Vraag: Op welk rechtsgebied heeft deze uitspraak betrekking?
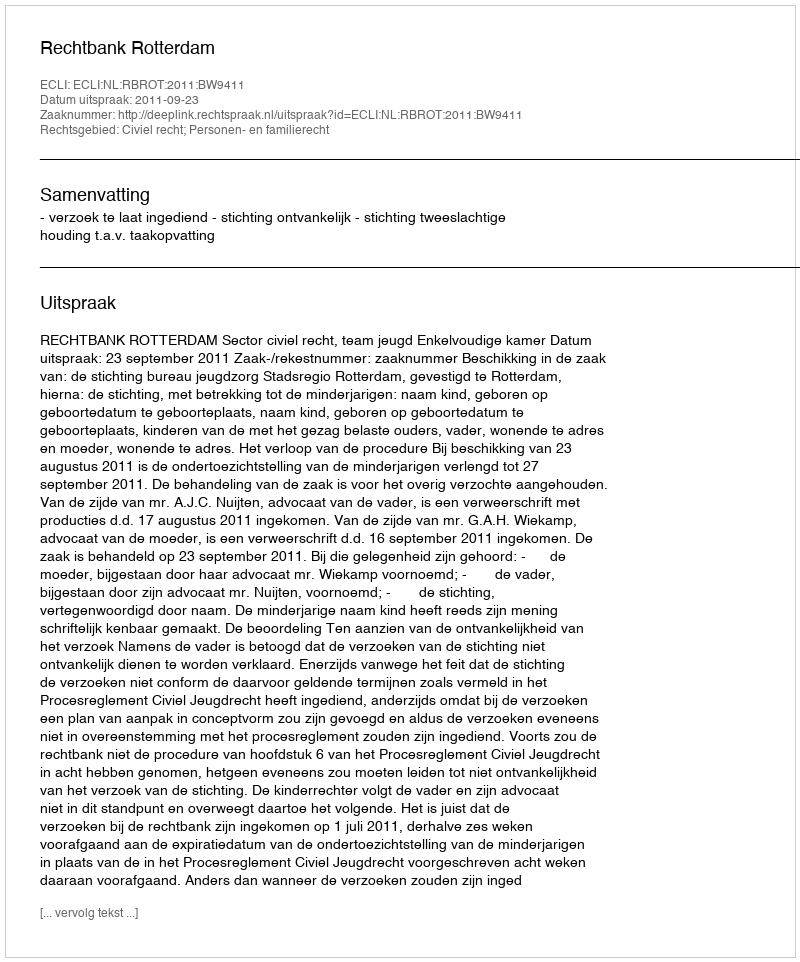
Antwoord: Civiel recht; Personen- en familierecht